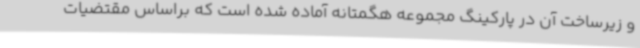
و زیرساخت آن در پارکینگ مجموعه هگمتانه آماده شده است که براساس مقتضیات